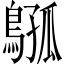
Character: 𫛈